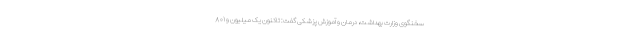
سخنگوی وزارت بهداشت، درمان و آموزش پزشکی گفت: تاکنون یک میلیون و ۸۰۱